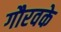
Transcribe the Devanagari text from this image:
गौरवके